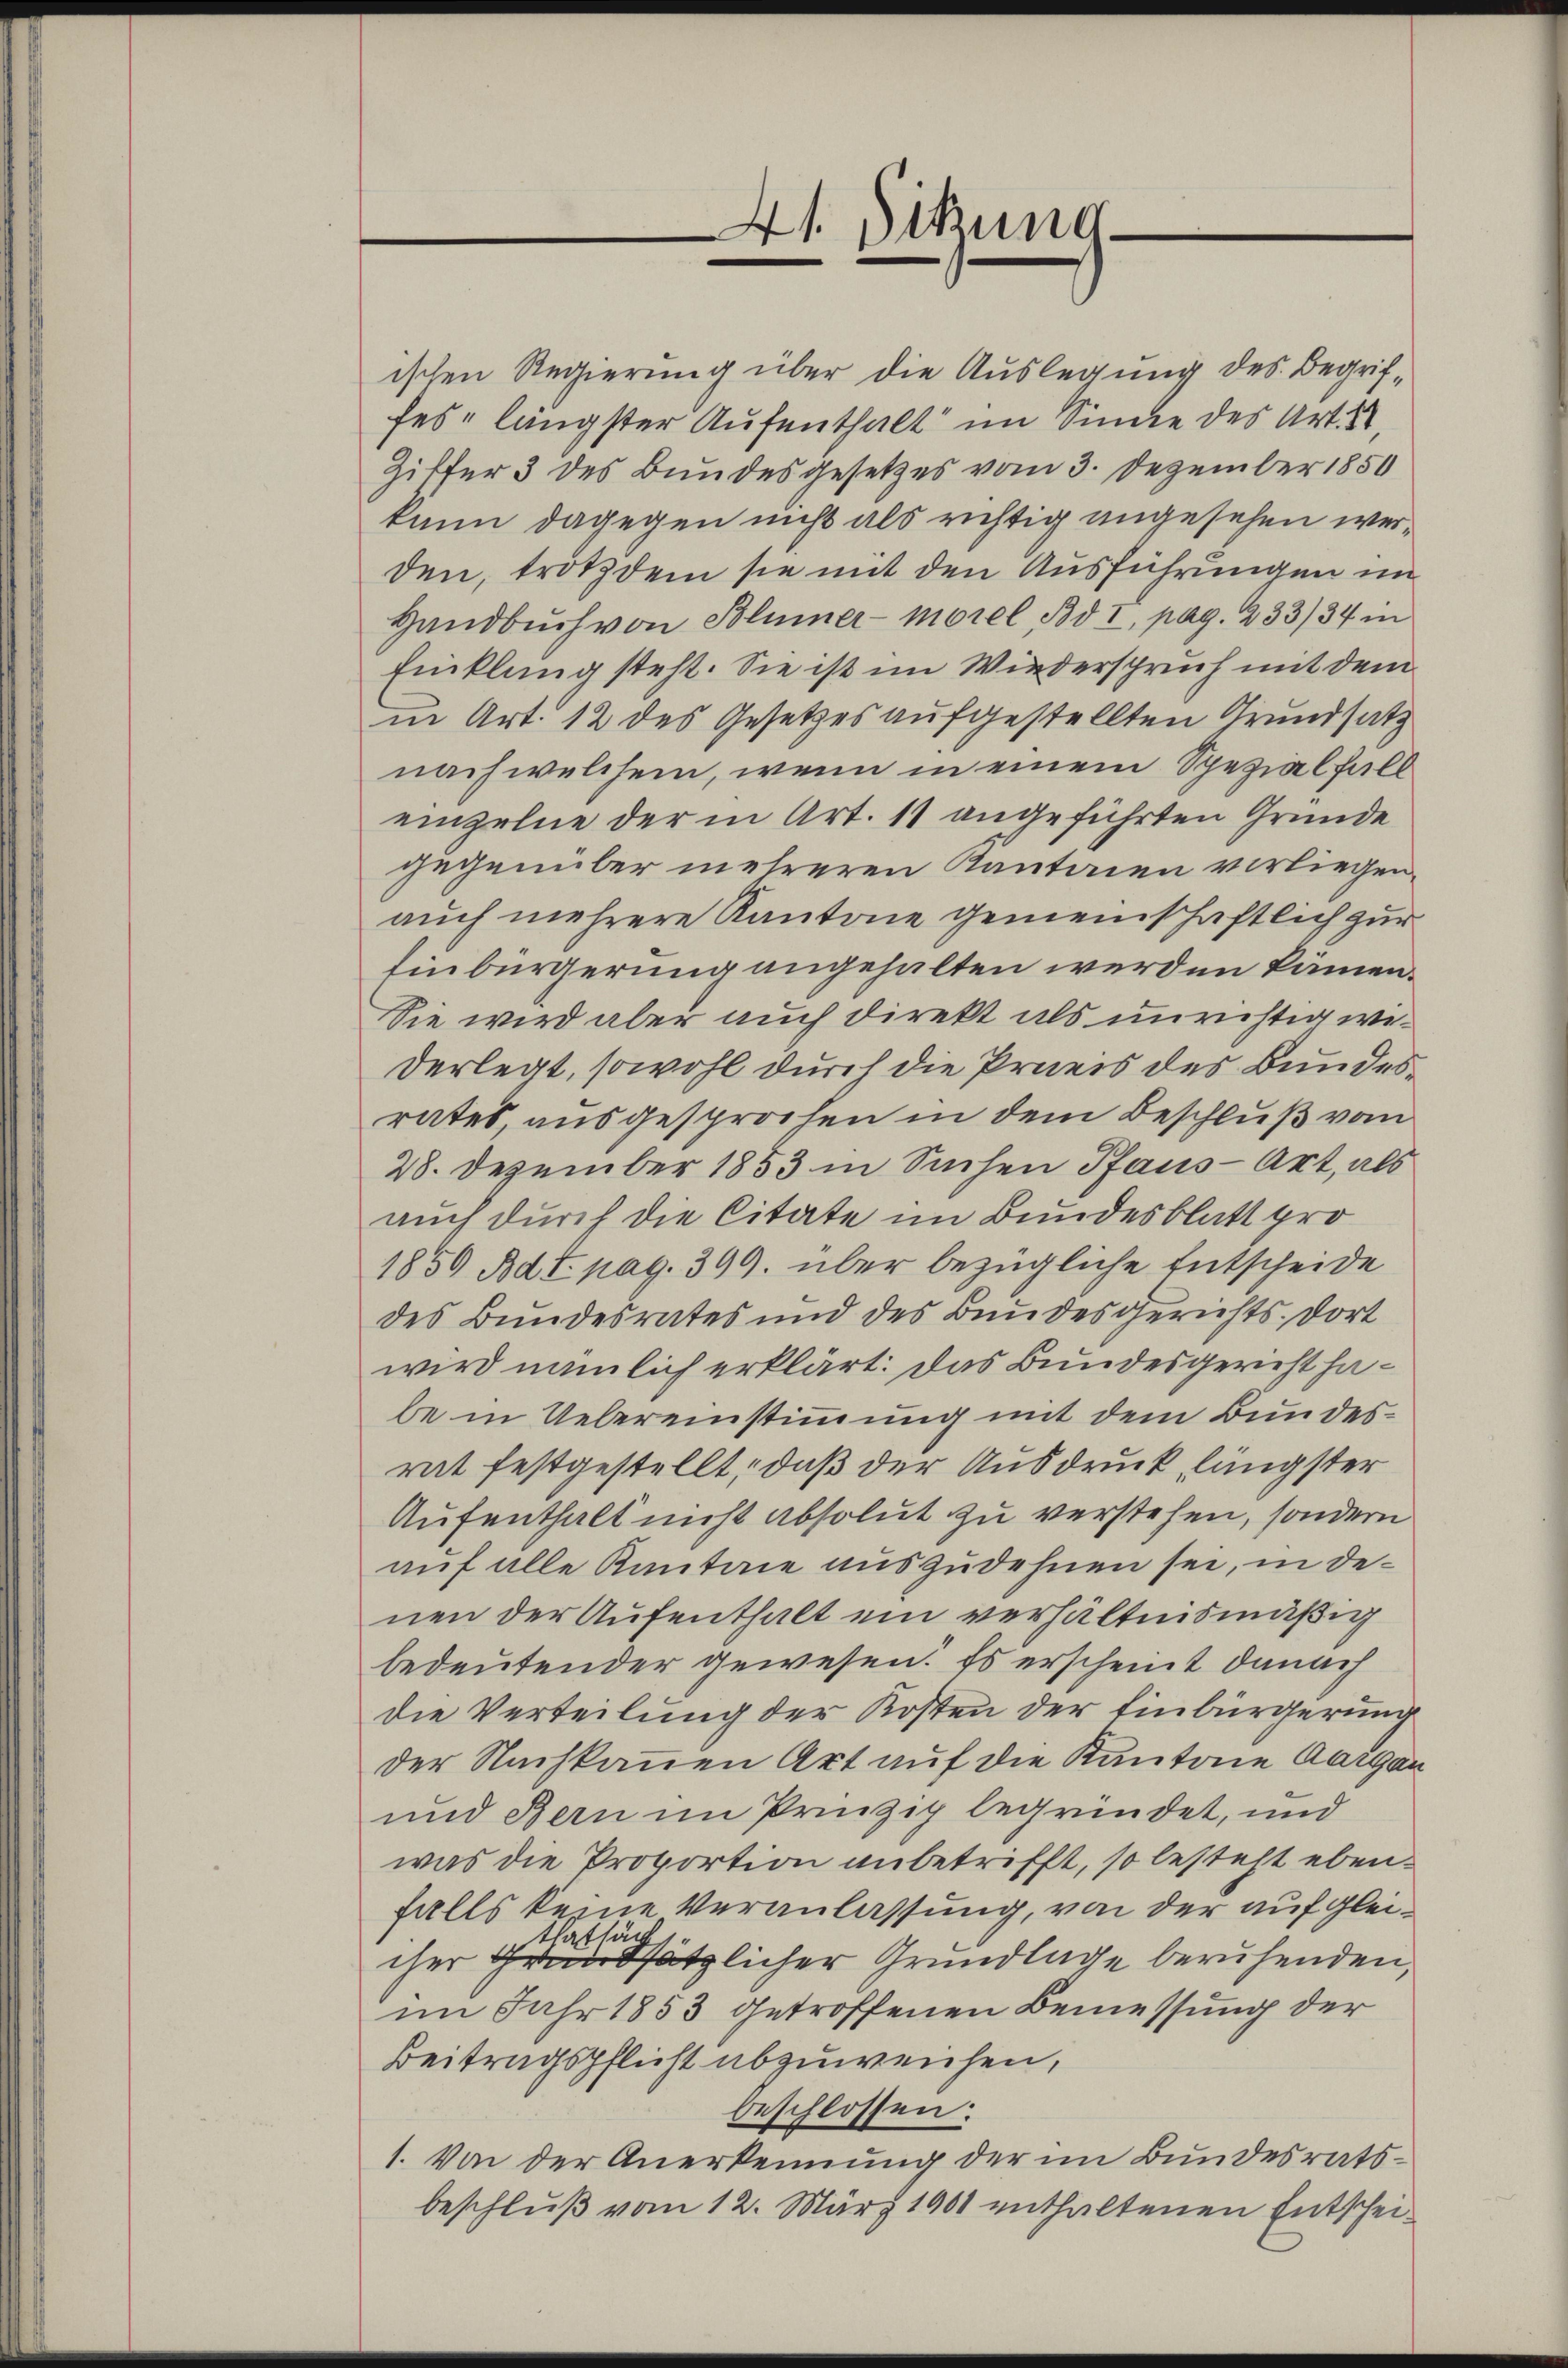
4t. Sitzung
e

ischen Regierung über die Auslegung des Begriffes längster Aufenthalt im Sinne des Art. 1
Ziffer 3 des Bundesgesetzes vom 3. Dezember 1850
kann dagegen nicht als richtig angesehen werden, trotzdem sie mit den Ausführungen im
Handbuch von Blümer-Morel Bd I, pag. 233/34 in
Einklang steht. Sie ist im Wiederspruch mit dem
in Art. 12 des Gesetzes aufgestellten Grundsatz
nach welchem, wenn in einem Spezialfall
einzelne der in Art. 11 angeführten Gründe
gegenüber mehreren Kantonen vorliegen.
auch mehrere Kantone gemeinschaftlich zur
Einbürgerung angehalten werden kämen.
Sie wird aber auch direkt als unrichtig wederlegt, sowohl durch die Preis des Bundesrates ausgesprochen in dem Beschluß vom
28. Dezember 1853 in Sachen Pfaus-Art, als
auch durch die Citate im Bundesblatt pro¬
1859 Bd I. pag. 399. über bezügliche Entscheide
des Bundesrates und des Bundesgerichts dort
wird nämlich erklärt: Das Bundesgericht habe in Uebereinstimmung mit dem Bundesrat festgestellt, daß der Ausdruck, längster
Aufenthalt nicht absolut zu verstehen, sondern
auf alle Kantaie auszudehnen sei, in denen der Aufenthalt ein verhältnismäßig
bedeutender gewesen. Es erscheint danach
die Verteilung der Kosten der Einbürgerung
der Nachkanen Art auf die Kantone Aargau
und Bern im Prinzip begründet, und
was die Proportion anbetrifft, so besteht ebenfalls keine Veranlassung, von der auf gleithatsäch
cher Grundsätzlicher Grundlage beruhenden,
im Jahr 1853 getroffenen Bemessung der
Beitragspflicht abzuweichen,
beschlossen:
1. Von der Anerkennung der im Bundesratsbeschluß vom 12. März 1901 enthaltenen Entschei¬